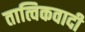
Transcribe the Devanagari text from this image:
तात्विकवादी